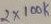
Text: 2X100K